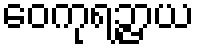
ဝေကုရဉ္ဇာယ